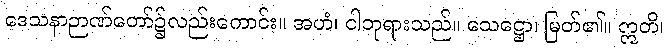
ဒေသနာဉာဏ်တော်၌လည်းကောင်း။ အဟံ၊ ငါဘုရားသည်။ သေဋ္ဌော၊ မြတ်၏။ ဣတိ၊